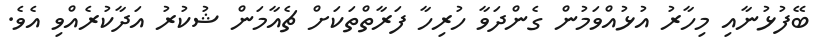
ބޭފުޅުނާއި މިހާރު އުޅުއްވަމުން ގެންދަވާ ހުރިހާ ފަރާތްތަކަށް ޗެއާމަން ޝުކުރު އަދާކުރެއްވި އެވެ.